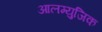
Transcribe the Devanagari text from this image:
आलम्युजिक